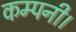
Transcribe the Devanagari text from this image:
कम्‍पनी।